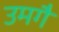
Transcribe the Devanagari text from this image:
उमगै